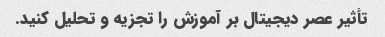
تأثیر عصر دیجیتال بر آموزش را تجزیه و تحلیل کنید.